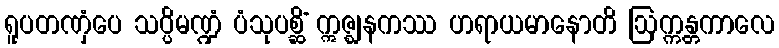
ရူပတဏှံပေ သပ္ပိမဏ္ဍံ ပံသုပစ္ဆိံ ဣဇ္ဈနကဿ ဟရာယမာနောတိ ဩက္ကန္တကာလေ